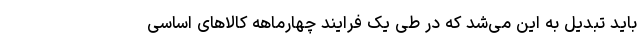
باید تبدیل به این می‌شد که در طی یک فرایند چهارماهه کالاهای اساسی